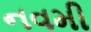
નવમી